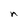
Character: n